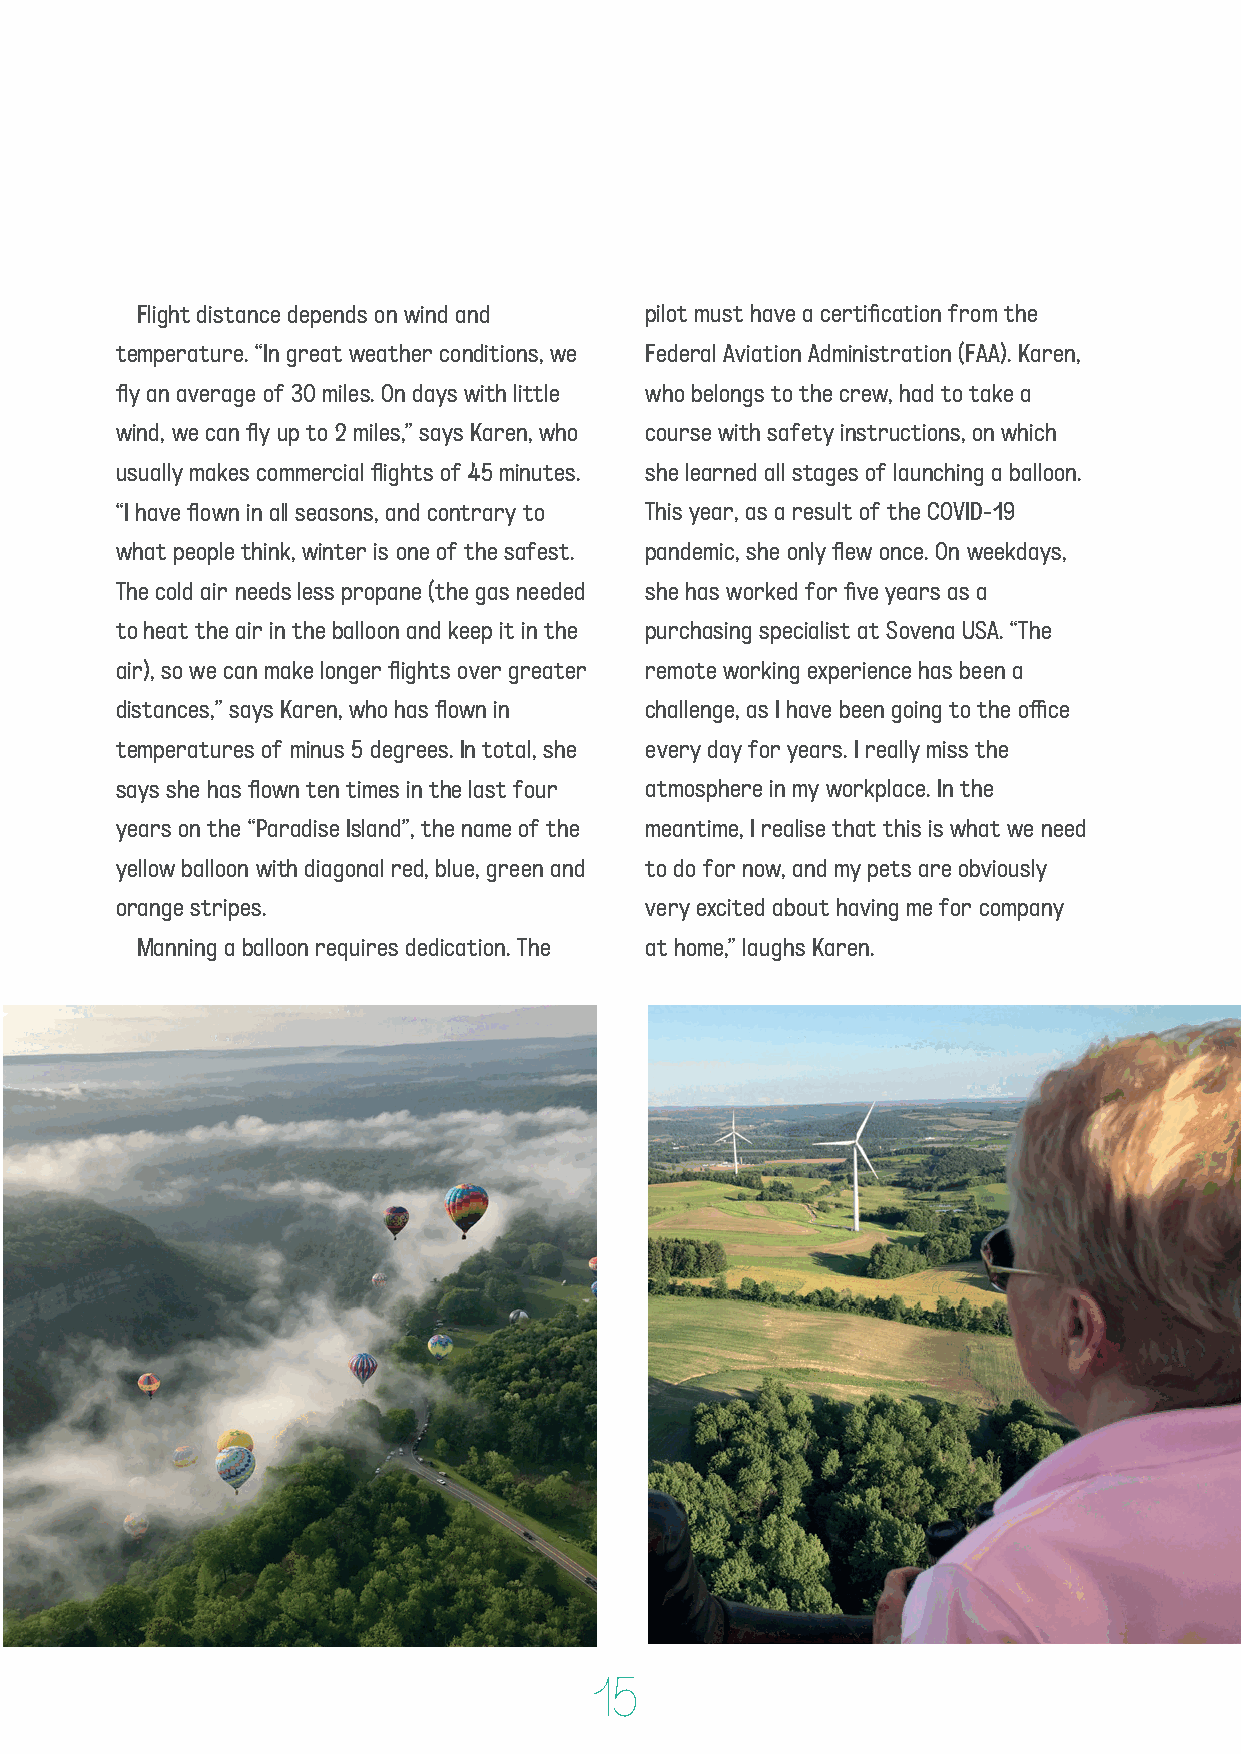
Flight distance depends on wind and pilot must have a certification from the
 temperature. “In great weather conditions, we Federal Aviation Administration (FAA). Karen,
 fly an average of 30 miles. On days with little who belongs to the crew, had to take a
 wind, we can fly up to 2 miles,” says Karen, who course with safety instructions, on which
 usually makes commercial flights of 45 minutes. she learned all stages of launching a balloon.
 “I have flown in all seasons, and contrary to This year, as a result of the COVID-19
 what people think, winter is one of the safest. pandemic, she only flew once. On weekdays,
 The cold air needs less propane (the gas needed she has worked for five years as a
 to heat the air in the balloon and keep it in the purchasing specialist at Sovena USA. “The
 air), so we can make longer flights over greater remote working experience has been a
 distances,” says Karen, who has flown in challenge, as I have been going to the office
 temperatures of minus 5 degrees. In total, she every day for years. I really miss the
 says she has flown ten times in the last four atmosphere in my workplace. In the
 years on the “Paradise Island”, the name of the meantime, I realise that this is what we need
 yellow balloon with diagonal red, blue, green and to do for now, and my pets are obviously
 orange stripes.                    very excited about having me for company
 Manning a balloon requires dedication. The at home,” laughs Karen.
 15